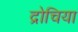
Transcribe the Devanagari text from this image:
द्रोचिया